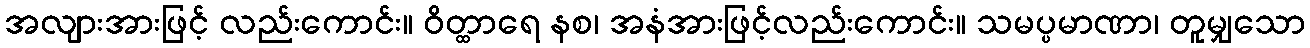
အလျားအားဖြင့် လည်းကောင်း။ ဝိတ္ထာရေ နစ၊ အနံအားဖြင့်လည်းကောင်း။ သမပ္ပမာဏာ၊ တူမျှသော